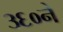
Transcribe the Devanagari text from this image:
३६०ने